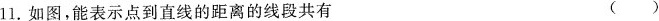
11.如图，能表示点到直线的距离的线段共有 ()